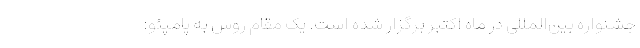
جشنواره بین‌المللی در ماه اکتبر برگزار شده است. یک مقام روس به پامپئو: